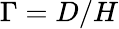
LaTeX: \Gamma=D/H